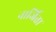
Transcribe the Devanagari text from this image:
नार्जिता